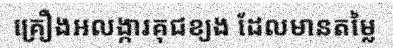
គ្រឿងអលង្ការគុជខ្យង ដែលមានតម្លៃ